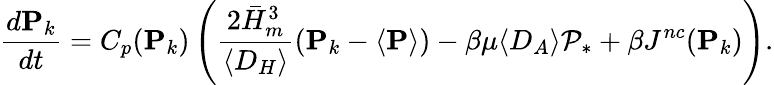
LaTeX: {\frac{d\mathbf{P}_{k}}{dt}}=C_{p}(\mathbf{P}_{k})\left({\frac{2\bar{H}_{m}^{3}}{\langle D_{H}\rangle}}(\mathbf{P}_{k}-\langle\mathbf{P}\rangle)-{\beta\mu}\langle D_{A}\rangle\mathcal{P}_{*}+\beta J^{nc}(\mathbf{P}_{k})\right).